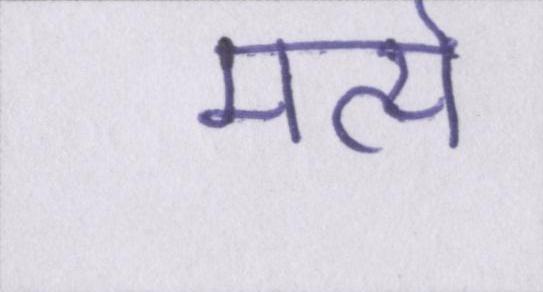
मर्त्य